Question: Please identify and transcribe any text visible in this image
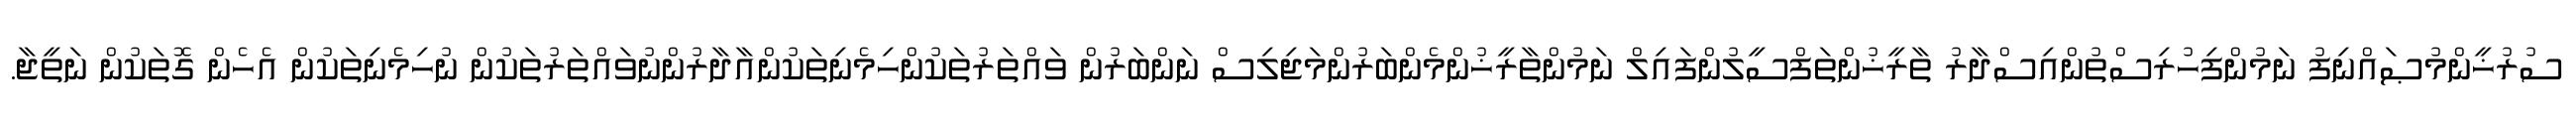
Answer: ސުރުޚީންމުޞައްނިފު ނަމުންފިހުރިސްތުންއިސްދާރު ތާރީޚުންތަފްސީލުންފައިލް ނަމުންތާރީޚުންމެންބަރުންމަޖިލިސް ނަންބަރުން ވައްތަރުތަކުންހިމެނިތަކުންއާދާރުންނުވައްތަރުތަކުން ނުހިމެނިތަކުން އެހެން ގޮތަކުން ނަތީޖާ.